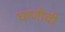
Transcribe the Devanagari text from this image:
घाणीची